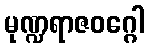
မုဏ္ဍရာဇဝဂ္ဂေါ